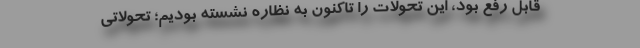
قابل رفع بود، این تحولات را تاکنون به نظاره نشسته بودیم؛ تحولاتی